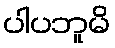
ပါပဘူမိ